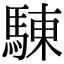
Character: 𩣳